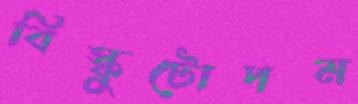
বিস্কুটোপম